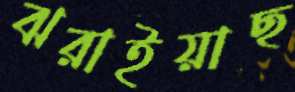
ঝরাইয়াছ